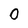
Character: 0